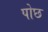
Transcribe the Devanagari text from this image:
पोछ